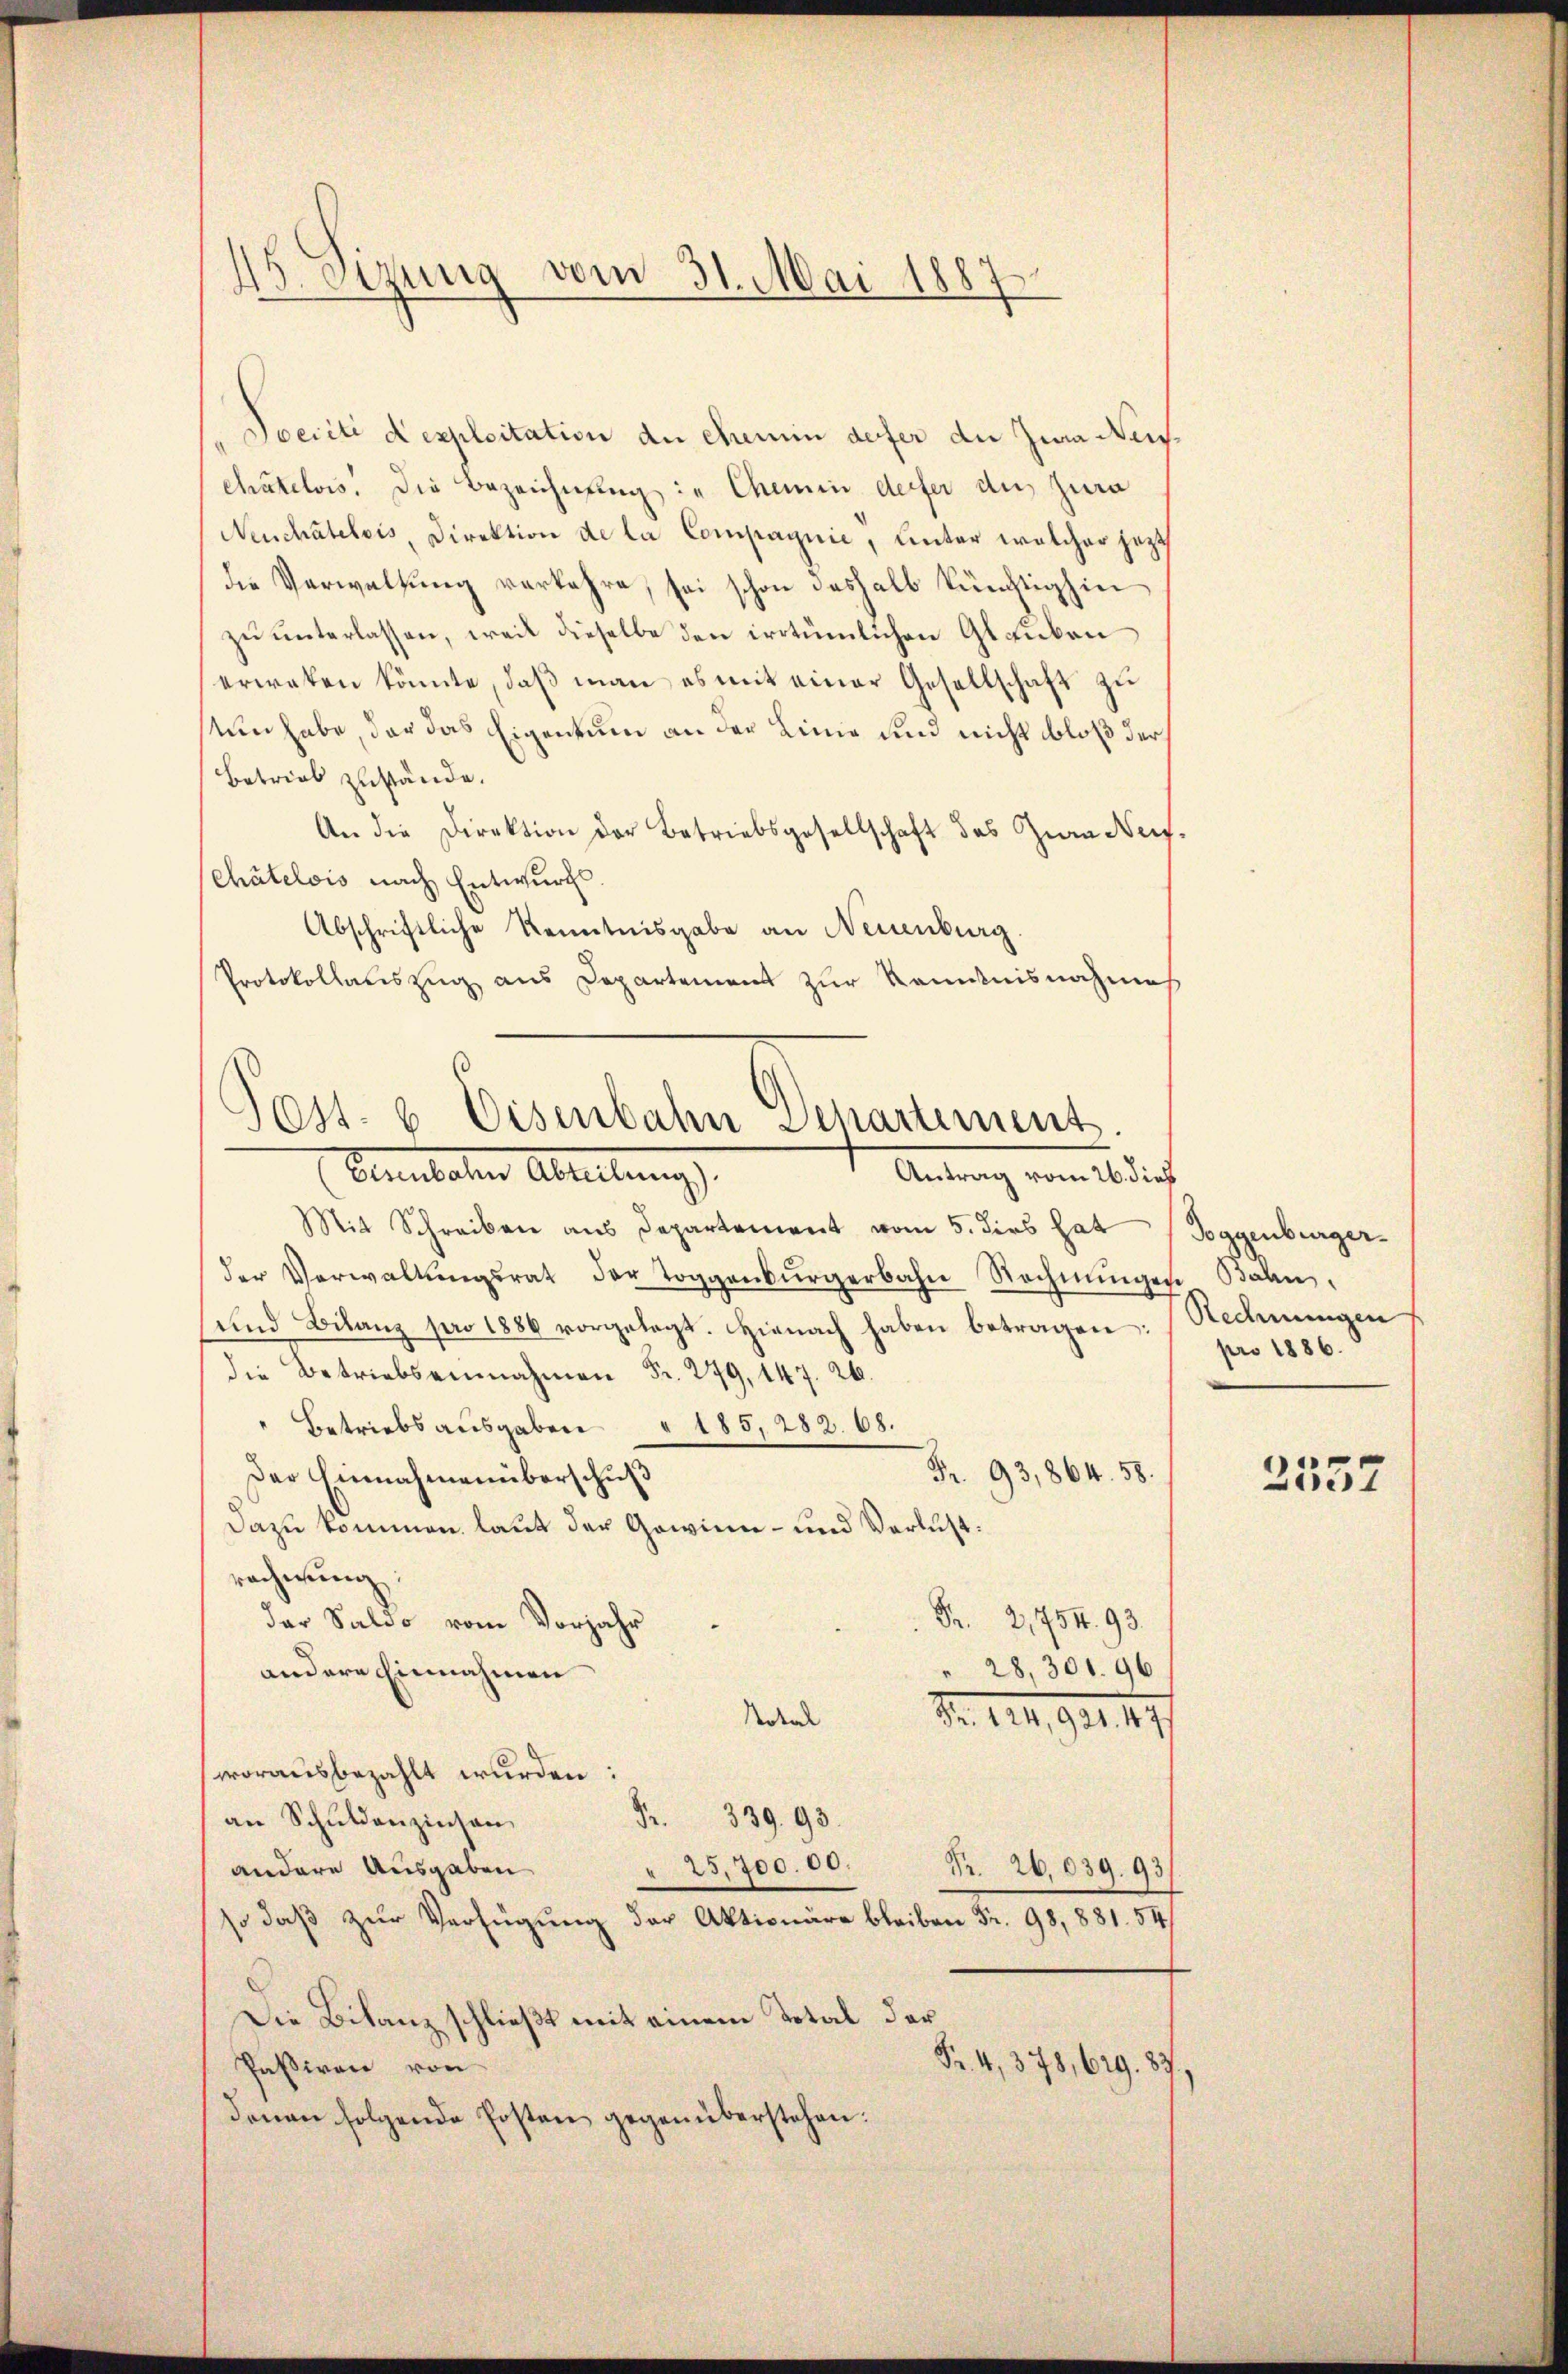
45. Sizung vom 31. Mai 1887

Poeciti d exploitation de chemin defer die Jura Neischatelois. Die Bezeichnung in Chemin defer du jura
Neuchâtelois, Direktion de la Compagnie, unter welcher jetzt
die Verwaltung verkehre, sei schon deshalb künftighin
zu unterlassen, weil dieselbe den irrtümlichen Glauben
erwaken könnte, daß man es mit einer Gesellschaft zu
Nun habe, der das Eigentum an der Linie sind nicht bloß der
Betrieb zustände.
An die Direktion der Betriebsgesellschaft des Zwar Nef¬
Chatelois nach Entwurf.
Abschriftliche Kenntnisgabe an Neuenburg
Protokollauszug aus Departement zur Kenntnisnahme
Mit Schreiben aus Departement vom 5. dies hat
der Verwaltŭngsrat der Toggenbürgerbahn Rechnŭngen Bahn,
und Bilanz pro 1886 vorgelegt. Hienach haben betragen:
die Betriebseinnahmen Fr. 279, 147. 26.
" Betriebs ausgaben § 185, 282. 68.
Fr. 93,864. 58.
Der Einnahmenüberschuß
Dazu kommen, laut der Gewinn- und Verlust.
rechnung
Fr. 2,754. 93.
der Saldo vom Vorjahr
" 28, 301. 96
andere Einnahmen
Rotal
Nr. 124,921. 47
worausbezahlt wurden:
an Schuldenzinsen,
Fr. 339. 93.
andere Ausgaben
25,700. 00.
Pr. 26,039. 93.
so daß zur Verfügung der Aktionäre bleiben Fr. 98, 881. 54/
Die Bilanz schließt mit einem Total der
Passiven von
Fr. 4, 378, 629. 87.
denen folgende Posten gegenüberstehen.

ost- 6 Eisenbahn Departement
Bluntaten Abteilung.
Antrag vom 26. dieß

Toggenburger¬
Rechnungen
pro 1886.

2557